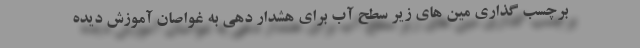
برچسب گذاری مین های زیر سطح آب برای هشدار دهی به غواصان آموزش دیده